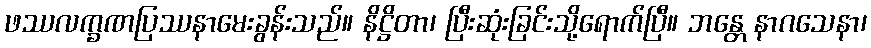
ဖဿလက္ခဏပြဿနာမေးခွန်းသည်။ နိဋ္ဌိတာ၊ ပြီးဆုံးခြင်းသို့ရောက်ပြီ။ ဘန္တေ နာဂသေနာ၊